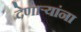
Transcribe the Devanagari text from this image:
देणार्‍यांना